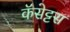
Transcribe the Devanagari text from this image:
कॅसेट्टस